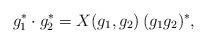
LaTeX: \begin{align*} g_{1}^*\cdot g_{2}^*=X(g_{1}, g_{2})\, (g_{1}g_{2})^*,\end{align*}